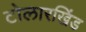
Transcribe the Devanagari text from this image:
टोलारखिंड